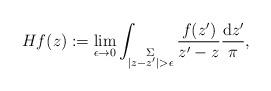
LaTeX: \begin{gather*}Hf(z) := \lim_{\epsilon \to 0} \int_{\substack{\Sigma\\ \vert z - z'\vert > \epsilon}} \frac{f(z')}{z' - z} \frac{{\rm d}z'}{\pi},\end{gather*}